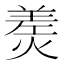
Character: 㷢